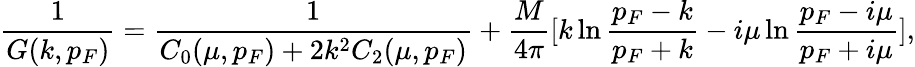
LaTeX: \frac{1}{G(k,p_{F})}=\frac{1}{C_{0}(\mu,p_{F})+2{k^{2}}C_{2}(\mu,p_{F})}+\frac{M}{4\pi}[k\ln\frac{p_{F}-k}{p_{F}+k}-i\mu\ln\frac{p_{F}-i\mu}{p_{F}+i\mu}],